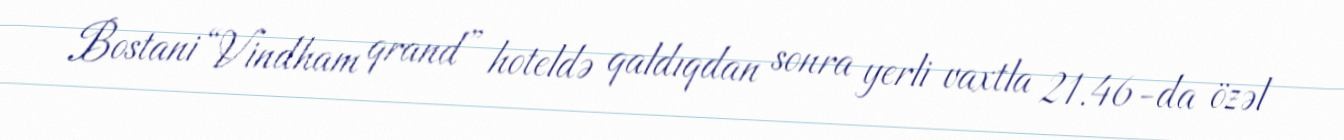
Bostani “Vindham qrand” hoteldə qaldıqdan sonra yerli vaxtla 21.46-da özəl